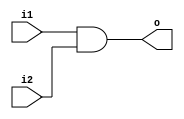
module and_gate(i1,i2,o);
   input i1,i2;
   output o;
   
   assign o=i1&i2;
endmodule


module or_gate(i1,i2,o);
   input i1,i2;
   output o;
   
   assign o=i1|i2;
endmodule


module not_gate(i,o);
   input i;
   output o;
   
   assign o=~i;
endmodule



module DFF(q,d,clk,rst);

   input d,clk,rst;
   output reg q;
   
 always @ (posedge clk or posedge rst)
begin
if (rst==1)
q<=0;
else
q<=d;
end
endmodule


module mux8to1(in,sel,out);
   
   input [7:0] in;
   input [2:0] sel;
   output out;
   
   assign out=in[sel];
endmodule

module counter(clk,reset,count);
input clk,reset;
parameter N=3;

output[N:0] count;
reg [N:0] count;

always @(posedge clk or posedge reset)
 begin
if(reset==1)
           count=4'b0;
else
           count=count+1;
end
endmodule


module  timer_control(A,tm,ts,tms,ty);
output tm,ts,tms,ty;
input [3:0] A;

assign tm=(A[3])&(~A[2])&(~A[1])&(~A[0]);
assign tms=(~A[3])&(A[2])&(A[1])&(~A[0]);
assign ts=(~A[3])&(A[2])&(~A[1])&(~A[0]);
assign ty=(A[3])&(A[2])&(~A[1])&(A[0]);

endmodule

module tl_controller(p1,p2,rst,s1red,s1green,s1yellow,s2red,s2green,s2yellow,m1red,m1green,m1yellow,m2green,m2red,m2yellow,clk);

input p1,p2,rst,clk;

output s1red,s1green,s1yellow,s2red,s2green,s2yellow,m1red,m1green,m1yellow,m2green,m2red,m2yellow;
wire [7:0]a1,a2,a3,a4,m1r,m2r,s1r,s2r,m1y,m2y,s1y,s2y,m1g,m2g,s1g,s2g;
wire[2:0]sel;
wire [3:0]out,count;
wire tm,ts,tms,ty;

assign a1[0]=1'b0;
assign a1[1]=tm & p1;
assign a1[2]=1'b0;
assign a1[3]=ts;
assign a1[4]=1'b1;
assign a1[5]=1'b1;
assign a1[6]=~ty;
assign a1[7]=1'b1;


assign a2[0]=1'b0;
assign a2[1]=(tm&p1)|(tm&p2);
assign a2[2]=1'b1;
assign a2[3]=~ts;
assign a2[4]=1'b0;
assign a2[5]=tms;
assign a2[6]=~ty;
assign a2[7]=~ty;


assign a3[0]=1'b1;
assign a3[1]=(tm&p1)|~(tm&p2);
assign a3[2]=ty;
assign a3[3]=~ts;
assign a3[4]=ty;
assign a3[5]=~tms;
assign a3[6]=ty;
assign a3[7]=1'b1;


mux8to1 M1(a1,sel,out[0]);
mux8to1 M2(a2,sel,out[1]);
mux8to1 M3(a3,sel,out[2]);

DFF d1(sel[2],out[0],clk,rst);
DFF d2(sel[1],out[1],clk,rst);
DFF d3(sel[0],out[2],clk,rst);

assign a4[0]=1'b1;
assign a4[1]=(tm&p1)|((~(tm&p1)&(tm&p2)));
assign a4[2]=ty;
assign a4[3]=ts;
assign a4[4]=ty;
assign a4[5]=tms;
assign a4[6]=ty;
assign a4[7]=ty;

mux8to1 M4(a4,sel,out[3]);
counter C1(clk,out[3],count);
timer_control T(count,tm,ts,tms,ty);

assign s1r[4:1]=4'b1111;
assign s1r[6:5]=2'b00;
assign s1r[0]=1'b0;
assign s1r[7]=1'b1;

mux8to1 Ms1r(s1r,sel,s1red);

assign s1y[5:0]=5'b00000;
assign s1y[6]=1'b1;
assign s1y[7]=1'b0;

mux8to1 Ms1y(s1y,sel,s1yellow);

assign s1g[4:0]=5'b00000;
assign s1g[5]=1'b1;
assign s1g[7:6]=2'b00;

mux8to1 Ms1g(s1g,sel,s1green);

assign s2r[4:3]=2'b00;
assign s2r[2:1]=2'b11;
assign s2r[0]=1'b0;
assign s2r[7]=1'b1;
assign s2r[5]=1'b1;
assign s2r[6]=1'b0;

mux8to1 Ms2r(s2r,sel,s2red);



assign s2y[3:0]=4'b0000;
assign s2y[7:5]=3'b000;
assign s2y[4]=1'b1;

mux8to1 Ms2y(s2y,sel,s2yellow);


assign s2g[2:0]=3'b000;
assign s2g[5:4]=2'b00;
assign s2g[6]=1'b1;
assign s2g[3]=1'b1;
assign s2g[7]=1'b0;
mux8to1 Ms2g(s2g,sel,s2green);


assign m2r[6:3]=4'b1111;
assign m2r[2:0]=3'b00;
assign m2r[7]=1'b0;
mux8to1 Mm2r(m2r,sel,m2red);

assign m2y[1:0]=2'b00;
assign m2y[6:3]=4'b0000;
assign m2y[2]=1'b1;
assign m2y[7]=1'b1;
mux8to1 Mm2y(m2y,sel,m2yellow);


assign m2g[7:2]=6'b000000;
assign m2g[0]=1'b0;
assign m2g[1]=1'b1;
mux8to1 Mm2g(m2g,sel,m2green);

assign m1r[4:3]=2'b11;
assign m1r[2:0]=3'b00;
assign m1r[7:5]=3'b000;
mux8to1 Mm1r(m1r,sel,m1red);

assign m1y[1:0]=2'b00;
assign m1y[7:3]=5'b00000;
assign m1y[2]=1'b1;
mux8to1 Mm1y(m1y,sel,m2yellow);


assign m1g[7:5]=3'b111;
assign m1g[0]=1'b0;
assign m1g[1]=1'b1;
assign m1g[4:2]=3'b000;
mux8to1 Mm1g(m1g,sel,m1green);

endmodule


module test_tlc;
reg  p1,p2,rst,clk;
wire s1red,s1green,s1yellow,s2red,s2green,s2yellow,m1red,m1green,m1yellow,m2green,m2red,m2yellow;

tl_controller TLC1(p1,p2,rst,s1red,s1green,s1yellow,s2red,s2green,s2yellow,m1red,m1green,m1yellow,m2green,m2red,m2yellow,clk);
initial
clk<=1'b0;
always
#5 clk<=~clk;
initial
begin
$dumpfile("tl_controller.vcd");
$dumpvars(0,test_tlc);
$monitor($time,"p1=%b,p2=%b,rst=%b,s1red=%b,s1green=%b,s1yellow=%b,s2red=%b,s2green=%b,s2yellow=%b,m1red=%b,m1green=%b,m1yellow=%b,m2green=%b,m2red=%b,m2yellow=%b,clk=%b",p1,p2,rst,s1red,s1green,s1yellow,s2red,s2green,s2yellow,m1red,m1green,m1yellow,m2green,m2red,m2yellow,clk);
#0 rst=1;
#5 p1=0;p2=0; rst=0;
#16 p1=1; p2=1;
#30 p1=0; p2=1;
#30 p1=1; p2=0;
#30 p1=0; p2=0;
#10 $finish;
end
endmodule